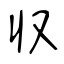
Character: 収